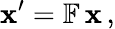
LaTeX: \mathbf{x}^{\prime}=\mathbb{F}\, \mathbf{x}\, ,